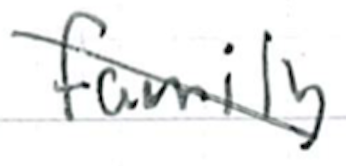
Text: family
Cross-out: diagonal
Writing tool: ballpoint